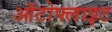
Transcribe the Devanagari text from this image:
ऑटोफ्लाइट